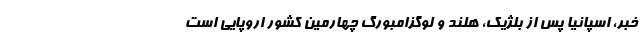
خبر، اسپانیا پس از بلژیک، هلند و لوگزامبورگ چهارمین کشور اروپایی است